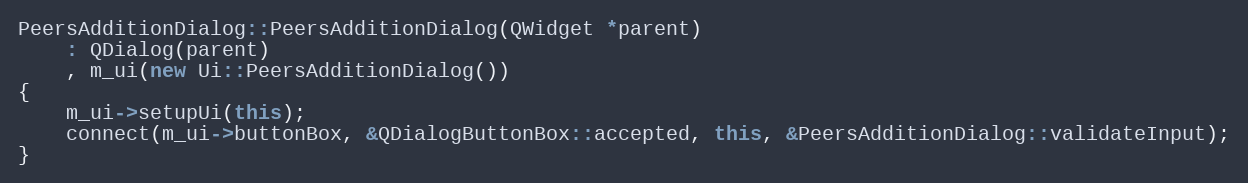
Language: C++
PeersAdditionDialog::PeersAdditionDialog(QWidget *parent)
    : QDialog(parent)
    , m_ui(new Ui::PeersAdditionDialog())
{
    m_ui->setupUi(this);
    connect(m_ui->buttonBox, &QDialogButtonBox::accepted, this, &PeersAdditionDialog::validateInput);
}